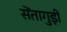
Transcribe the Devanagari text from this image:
सेंतागुड़ी